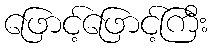
ဖြောင့်ဖြောင့်ကြီး